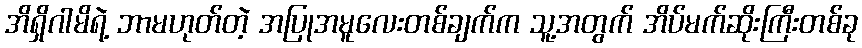
အိရှိဂါမိရဲ့ ဘာမဟုတ်တဲ့ အပြုအမူလေးတစ်ချက်က သူ့အတွက် အိပ်မက်ဆိုးကြီးတစ်ခု